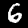
Digit: 6